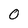
Character: 0